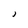
Character: J